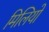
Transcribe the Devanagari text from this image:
मिलियो